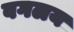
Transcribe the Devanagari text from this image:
वगलय